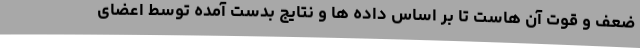
ضعف و قوت آن هاست تا بر اساس داده ها و نتایج بدست آمده توسط اعضای